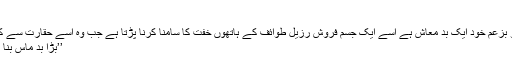
‘‘
شکورا جو بزعم خود ایک بد معاش ہے اسے ایک جسم فروش رزیل طوائف کے ہاتھوں خفت کا سامنا کرنا پڑتا ہے جب وہ اسے حقارت سے کہتی ہے :
’’بڑا بد ماس بنا پھرتا ہے۔